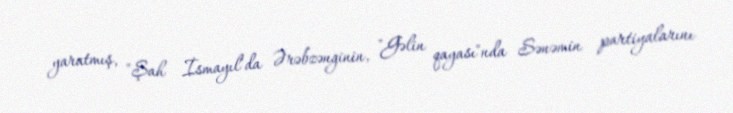
yaratmış, "Şah İsmayıl"da Ərəbzənginin, "Gəlin qayası"nda Sənəmin partiyalarını